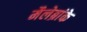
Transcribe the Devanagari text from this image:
मैलेब्रांके